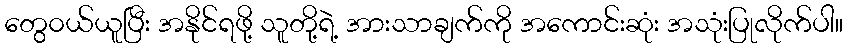
တွေ၀ယ်ယူပြီး အနိုင်ရဖို့ သူတို့ရဲ့ အားသာချက်ကို အကောင်းဆုံး အသုံးပြုလိုက်ပါ။